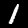
Digit: 1